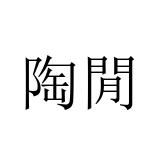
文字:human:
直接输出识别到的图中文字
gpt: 陶閒